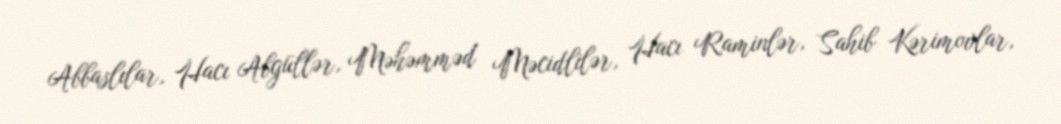
Abbaslılar, Hacı Abgüllər, Məhəmməd Məcidlilər, Hacı Raminlər, Sahib Kərimovlar,